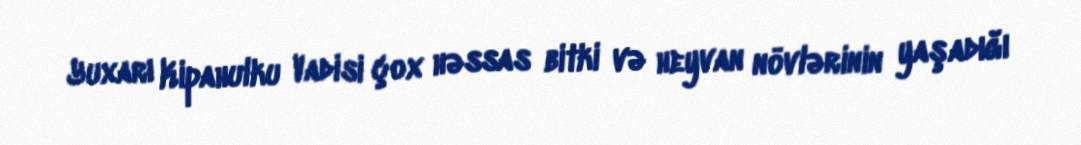
Yuxarı Kipahulku Vadisi çox həssas bitki və heyvan növlərinin yaşadığı